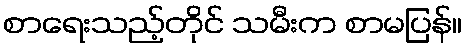
စာရေးသည့်တိုင် သမီးက စာမပြန်။